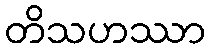
တိသဟဿာ